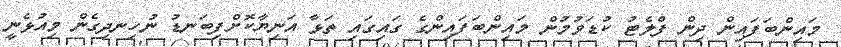
މައިންބަފައިން ދިން ފްލެޓު ކުޑަވުމުން މައިންބަފައިންގެ ގައިގައި ތަޅާ އަނިޔާކޮށްފިބަނޑު ނުހިނދިގެން މިއުޅެނީ